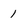
Character: 1